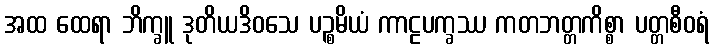
အထ ထေရာ ဘိက္ခူ ဒုတိယဒိဝသေ ပဉ္စမိယံ ကာဠပက္ခဿ ကတဘတ္တကိစ္စာ ပတ္တစီဝရံ